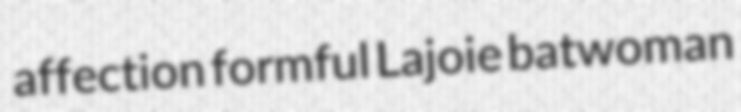
affection formful Lajoie batwoman